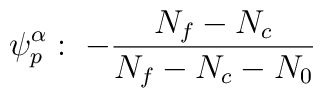
\psi_p^{\alpha}: \; -\frac{N_f - N_c}{N_f - N_c - N_0}